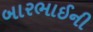
બારભાઈની